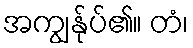
အကျွန်ုပ်၏။ တံ၊